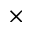
\times